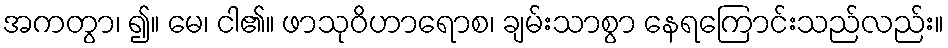
အကတွာ၊ ၍။ မေ၊ ငါ၏။ ဖာသုဝိဟာရောစ၊ ချမ်းသာစွာ နေရကြောင်းသည်လည်း။